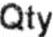
QTY